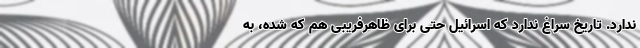
ندارد. تاریخ سراغ ندارد که اسرائیل حتی برای ظاهرفریبی هم که شده، به